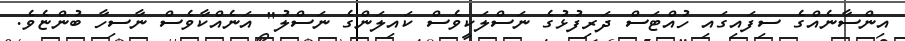
އިންސާނެއްގެ ސިފައިގައި ހުއްޓަސް ދަރިފުޅުގެ ނަސްލަކީވެސް ކައިލަންގެ ނަސްލު" އަނެއްކާވެސް ނާސިހާ ބުންޏެވެ.